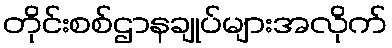
တိုင်းစစ်ဌာနချုပ်များအလိုက်